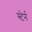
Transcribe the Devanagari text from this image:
स्टेर्न